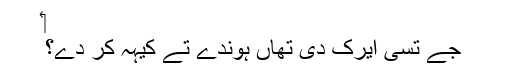
‏
جے تُسی ایرک دی تھاں ہوندے تے کیہہ کر دے؟